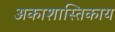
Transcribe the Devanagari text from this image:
अकाशास्तिकाय